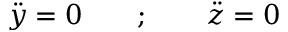
{ \ddot { y } } = 0 \qquad ; \qquad { \ddot { z } } = 0